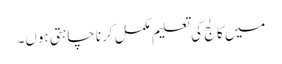
میں کالج کی تعلیم مکمل کرنا چاہتی ہوں۔